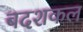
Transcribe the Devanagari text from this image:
बदशकल